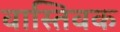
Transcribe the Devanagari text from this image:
वास्‍तिवक